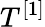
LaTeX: T^{[1]}